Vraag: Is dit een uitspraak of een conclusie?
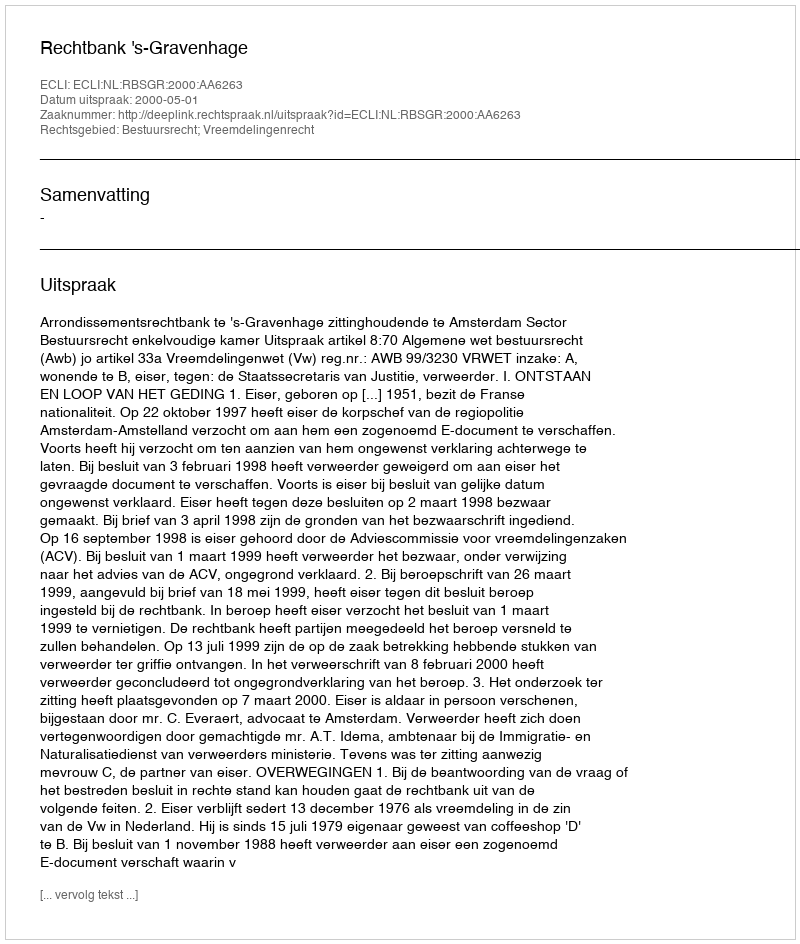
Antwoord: Uitspraak